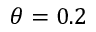
\theta = 0 . 2